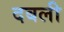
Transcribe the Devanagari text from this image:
दबली